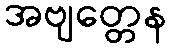
အဗျတ္တေန